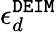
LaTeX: \epsilon_{d}^{\tt DEIM}